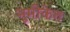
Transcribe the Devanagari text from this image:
भूमीकेत